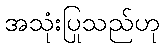
အသုံးပြုသည်ဟု